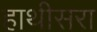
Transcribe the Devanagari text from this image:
हाथीसरा